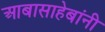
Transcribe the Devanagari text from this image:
आबासाहेबांनी